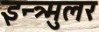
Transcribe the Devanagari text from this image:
इन्त्र्मुलर